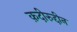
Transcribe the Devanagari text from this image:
क़दीरुद्दीन